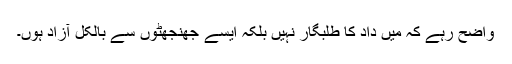
واضح رہے کہ میں داد کا طلبگار نہیں بلکہ ایسے جھنجھٹوں سے بالکل آزاد ہوں۔